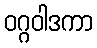
ဝဂ္ဂဝါဒကာ